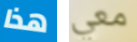
هذا معي